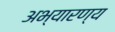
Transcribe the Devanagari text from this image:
अभ्यारण्य